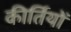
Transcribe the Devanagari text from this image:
कीर्तियों